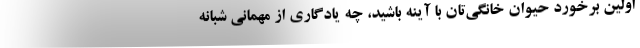
اولین برخورد حیوان خانگی‌تان با آینه باشید، چه یادگاری از مهمانی شبانه